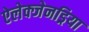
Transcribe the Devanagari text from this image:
ऐलेक्जेनड्रिया